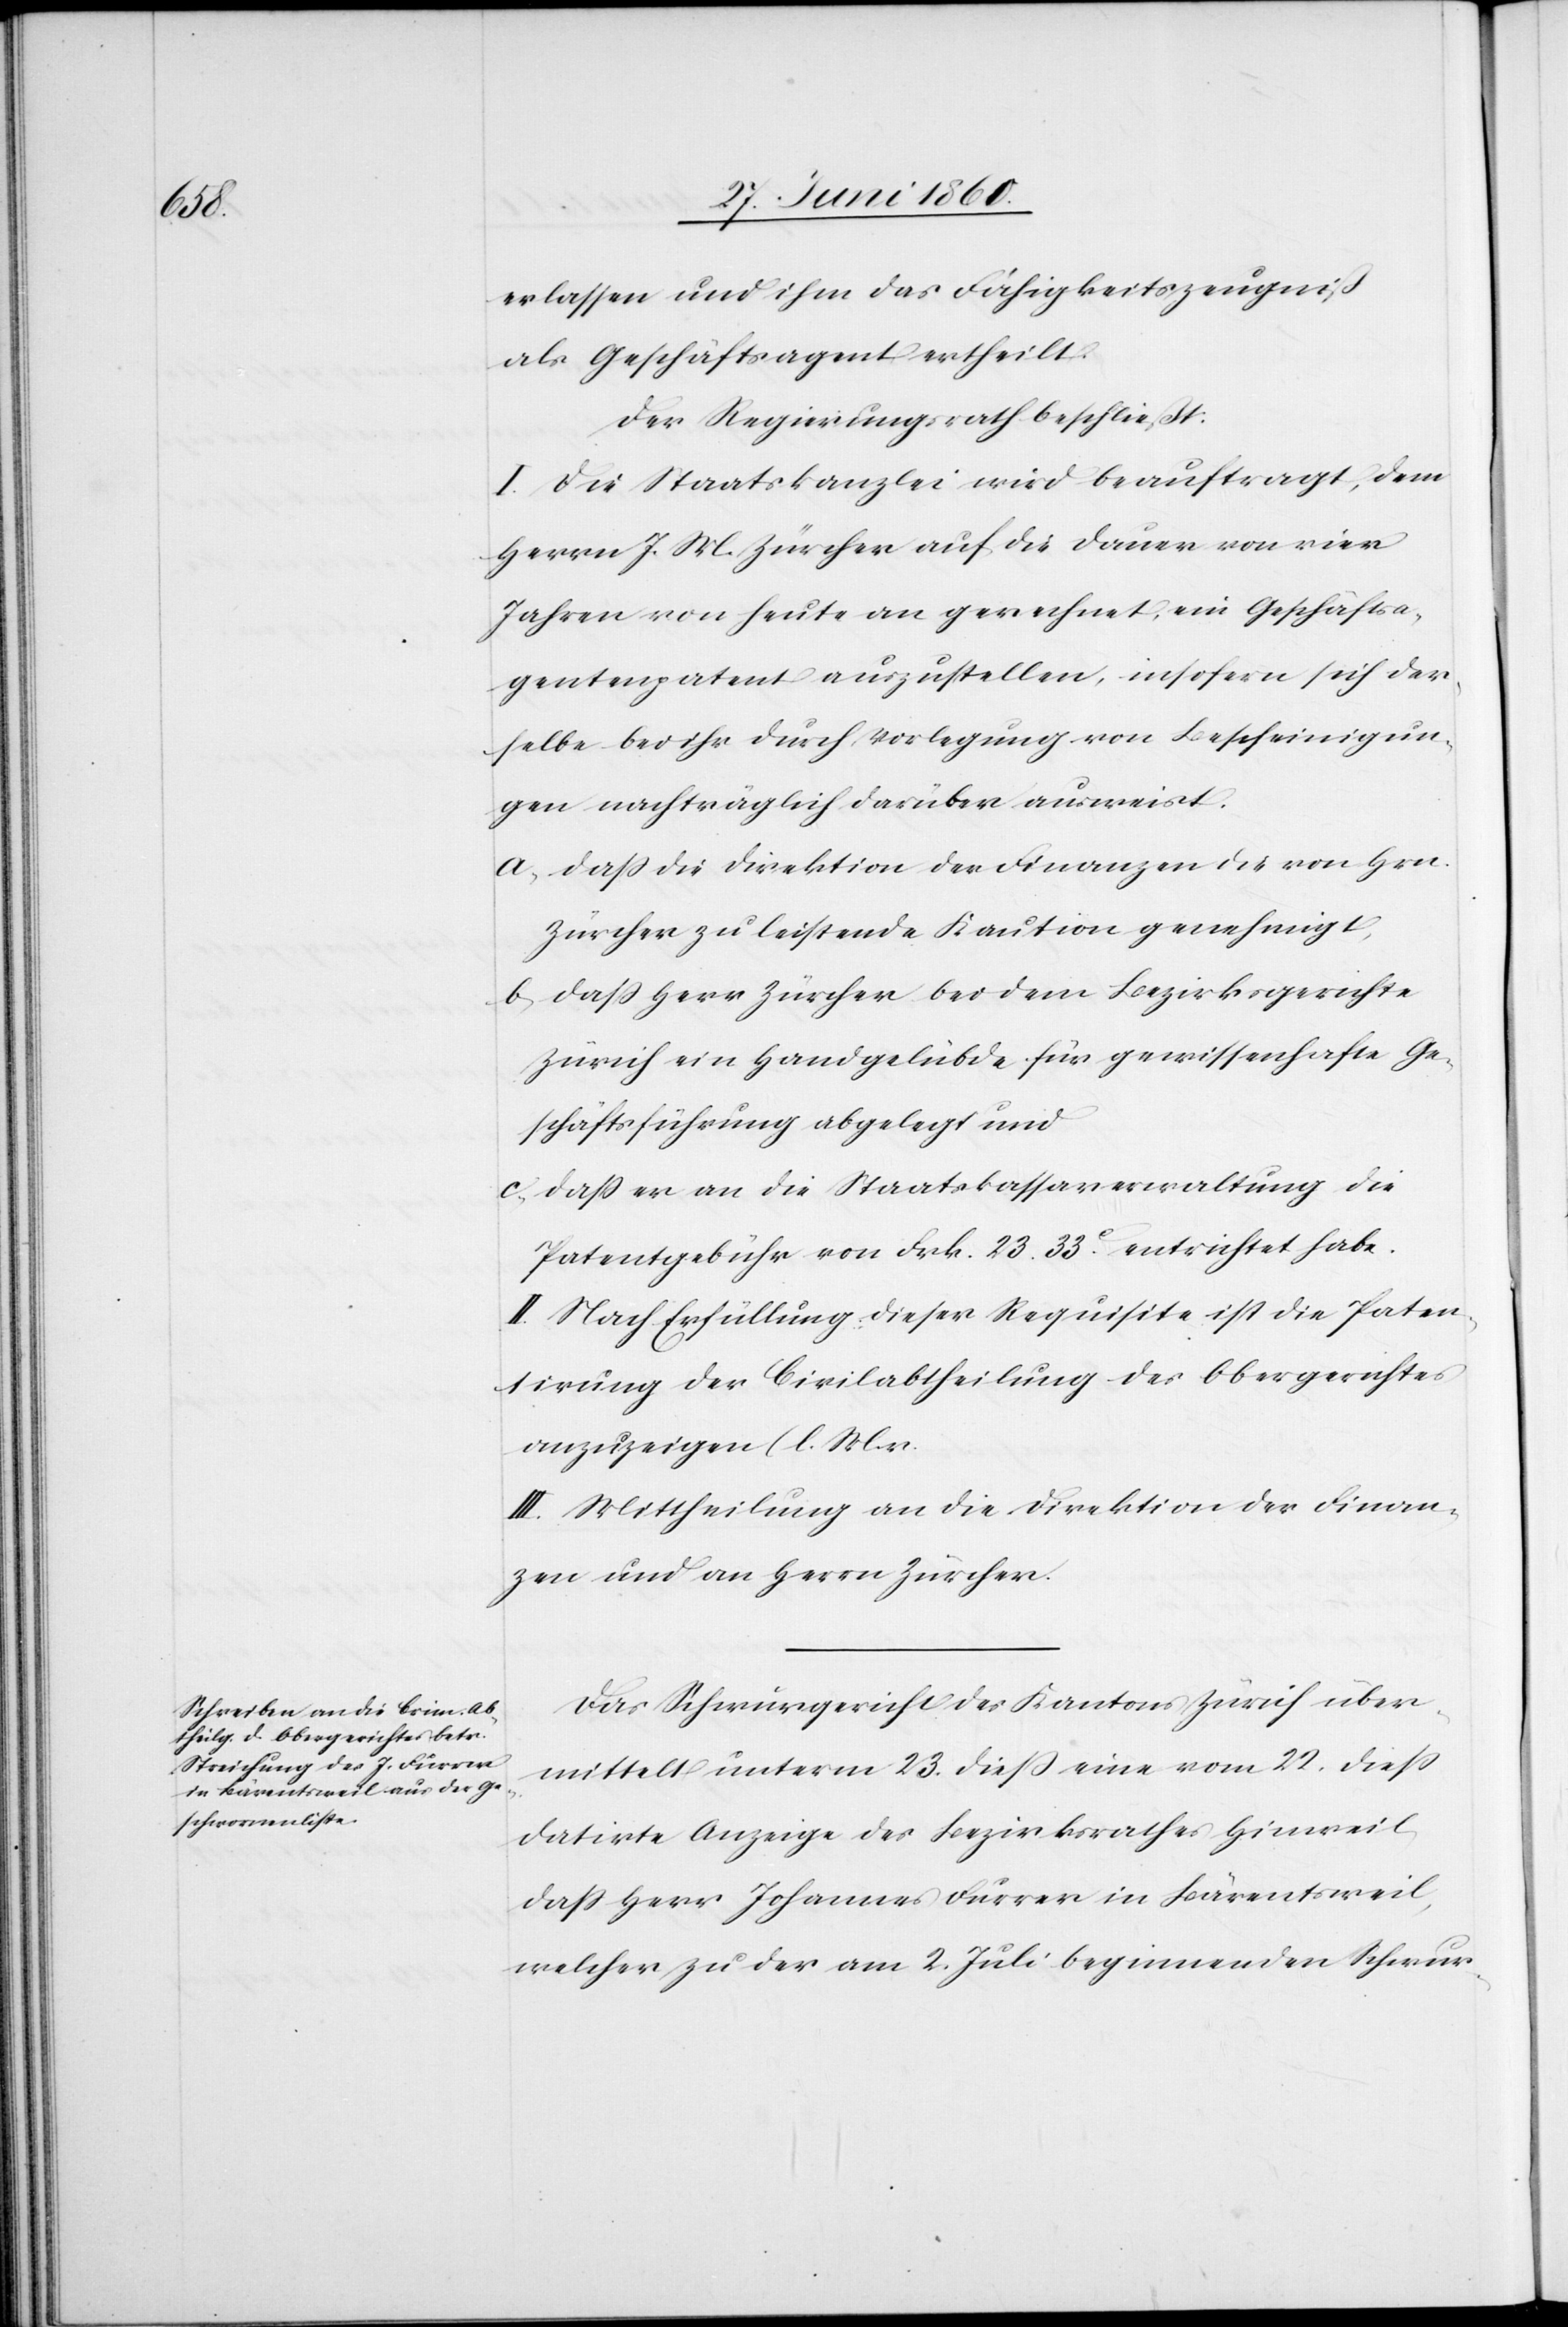
erlassen und ihm das Fähigkeitszeugniss
als Geschäftsagent ertheilt.
Der Regierungsrath beschließt:
I. Die Staatskanzlei wird beauftragt, dem
Herrn J. M. Zürcher auf die Dauer von vier
Jahren von heute an gerechnet, ein Geschäftsa¬
gentenpatent auszustellen, insofern sich der¬
selbe bei ihr durch Vorlegung von Bescheinigun¬
gen nachträglich darüber ausweist.
a. Dass die Direktion der Finanzen die von Hrn.
Zürcher zu leistende Kaution genehmigt.
b. Dass Herr Zürcher bei dem Bezirksgerichte
Zürich ein Handgelübde für gewissenhafte Ge¬
schäftsführung abgelegt und
c. Dass er an die Staatskassaverwaltung die
Patentgebühr von Frk. 23. 33C entrichtet habe.
II. Nach Erfüllung dieser Requisite ist die Paten¬
tirung der Civilabtheilung des Obergerichtes
anzuzeigen (l. M. v.
III. Mittheilung an die Direktion der Finan¬
zen und an Herrn Zürcher.
Das Schwurgericht des Kantons Zürich über¬
mittelt unterm 23. diess eine vom 22. diess
datirte Anzeige des Bezirksrathes Hinweil,
dass Herr Johannes Furrer in Bärentsweil,
welcher zu der am 2. Juli beginnenden Schwur-